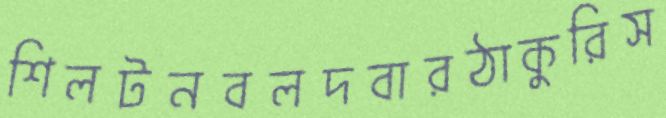
শিলটনবলদবারঠাকুরিস